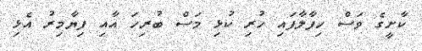
ކާށީގެ ވަސް ހިފާލާފައި ހުރި ކުޅި މަސް ބުރިހަ އާއި ފިޔާމިރު އެޅި